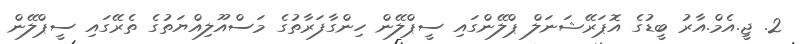
2. ޖީ.އެމް.އާރު ބީޑުގެ އޮޕަރޭޝަނަލް ޕްލޭންގައި ސީޕްލޭން ހިންގާފަރާތުގެ މަސްއޫލިއްޔަތުގެ ތެރޭގައި ސީޕްލޭން